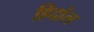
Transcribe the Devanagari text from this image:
हिदांल